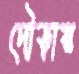
দৌড়ায়